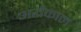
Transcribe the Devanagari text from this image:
अर्द्धकाल